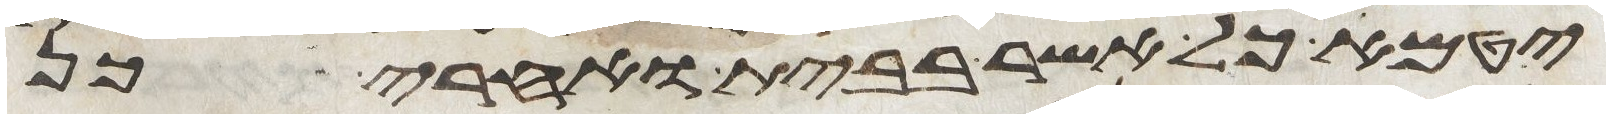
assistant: יטמא כל אשר בבית ואחרי כן